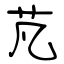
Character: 芃